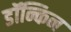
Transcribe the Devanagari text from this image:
डॉन्किन